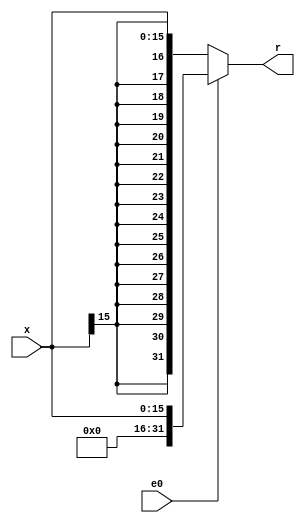
`timescale 1ns / 1ps

module EXT(
    input [15:0] x,
    input e0,
    output [31:0] r
    );

    wire signed [31:0] sr = $signed(x);
    assign r = e0 ? x : sr;
endmodule